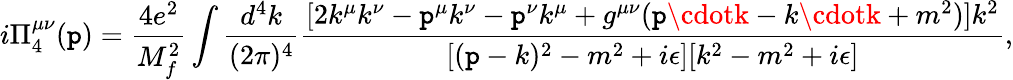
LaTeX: i\Pi_{4}^{\mu\nu}(\mathtt{p})=\frac{{4e^{2}}}{{M_{f}^{2}}}\int\frac{{d^{4}k}}{{(2\pi)^{4}}}\frac{{[2k^{\mu}k^{\nu}-\mathtt{p}^{\mu}k^{\nu}-\mathtt{p}^{\nu}k^{\mu}+g^{\mu\nu}(\mathtt{p}\cdotk-k\cdotk+m^{2})]k^{2}}}{{[(\mathtt{p}-k)^{2}-m^{2}+i\epsilon][k^{2}-m^{2}+i\epsilon]}},